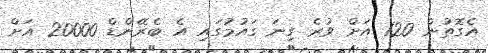
އެގޮތުން 120 އަށް ވުރެ ގިނަ ގައުމުގައި އެ ބެރޭންޑް 20000 އަށް